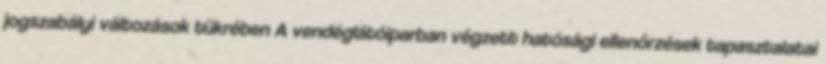
jogszabályi változások tükrében A vendéglátóiparban végzett hatósági ellenőrzések tapasztalatai